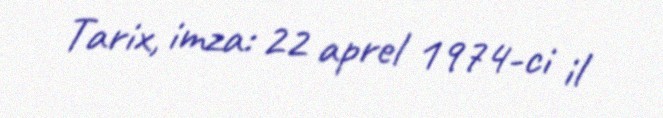
Tarix, imza: 22 aprel 1974-ci il